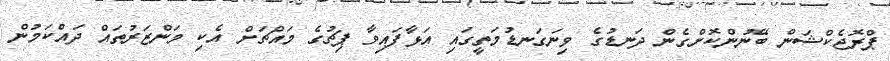
ޕްރޮޖެކްޝަން ބޭނުންކޮށްގެން ދަނޑުގެ ވިނަގަނޑުމަތީގައި އަޅާފައިވާ ޕިޗުގެ މައްޗަށް އެކި މަންޒަރުތައް ދައްކަމުން